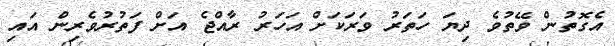
އެގޮތުން ވޭތުވެ ދިޔަ ހަތަރު ވަރަކަށް އަހަރު ރާއްޖެ އަށް ފަތުރުވެރިން އައި